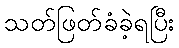
သတ်ဖြတ်ခံခဲ့ရပြီး